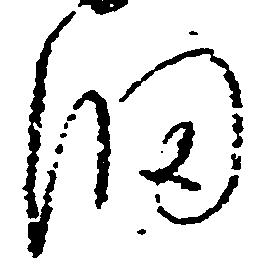
細